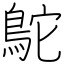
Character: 鴕